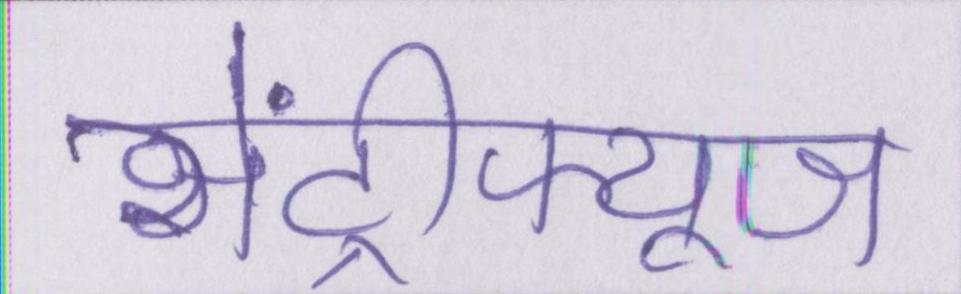
सेंट्रीफ्यूज